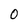
Character: 0